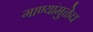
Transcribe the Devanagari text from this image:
गाण्यांमुळेच